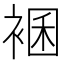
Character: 𧛃